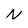
Character: N